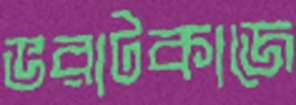
ভরাটকাজে